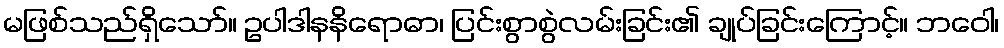
မဖြစ်သည်ရှိသော်။ ဥပါဒါနနိရောဓာ၊ ပြင်းစွာစွဲလမ်းခြင်း၏ ချုပ်ခြင်းကြောင့်။ ဘဝေါ၊